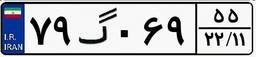
۷۹گ۰۶۹۵۵